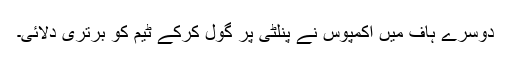
دوسرے ہاف میں اکمپوس نے پنلٹی پر گول کرکے ٹیم کو برتری دلائی۔